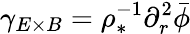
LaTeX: \gamma_{E\times B}=\rho_{*}^{-1}\partial_{r}^{2}\bar{\phi}